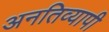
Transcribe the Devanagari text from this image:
अनतिव्यापी